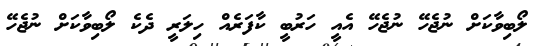
ލޯބިވާކަށް ނުޖެހޭ ނުޖެހޭ އެއީ ހަރުބީ ކާފަރެއް ހިލަރީ ދެކެ ލޯބިވާކަށް ނުޖެހޭ